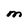
Character: M